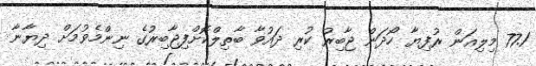
77.1 މިލިއަން ރުފިޔާ ހޯދަން ޖާބިރު ކުރި ދައުވާ ބާތިލްކޮށްފިޖާބިރުގެ ނިންމެވުމަށް ދިޔާނާ